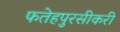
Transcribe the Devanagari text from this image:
फतेहपुरसीकरी